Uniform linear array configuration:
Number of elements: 12
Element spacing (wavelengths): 0.5
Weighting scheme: uniform
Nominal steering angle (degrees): -30
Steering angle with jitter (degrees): -30.194
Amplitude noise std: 0.05
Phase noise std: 0.05

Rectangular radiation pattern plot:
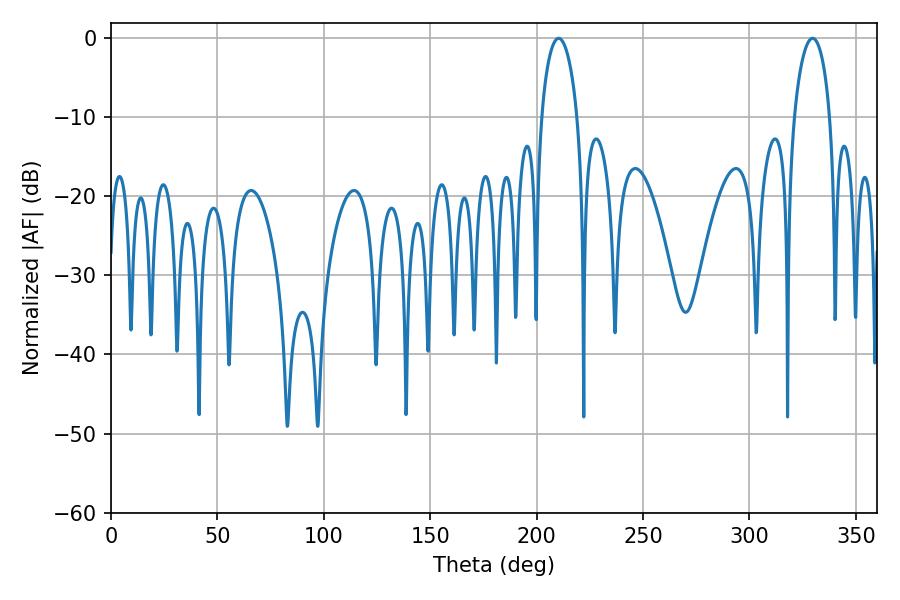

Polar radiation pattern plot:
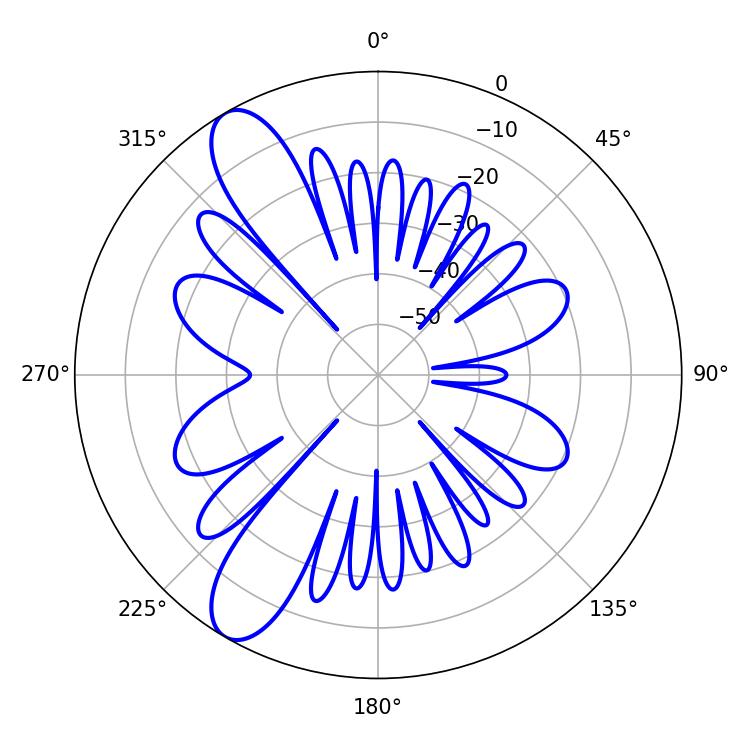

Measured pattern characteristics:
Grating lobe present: FALSE
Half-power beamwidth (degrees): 9.72
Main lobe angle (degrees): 210.42